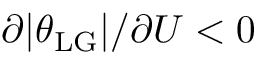
\partial | \theta _ { \mathrm { L G } } | / \partial U < 0